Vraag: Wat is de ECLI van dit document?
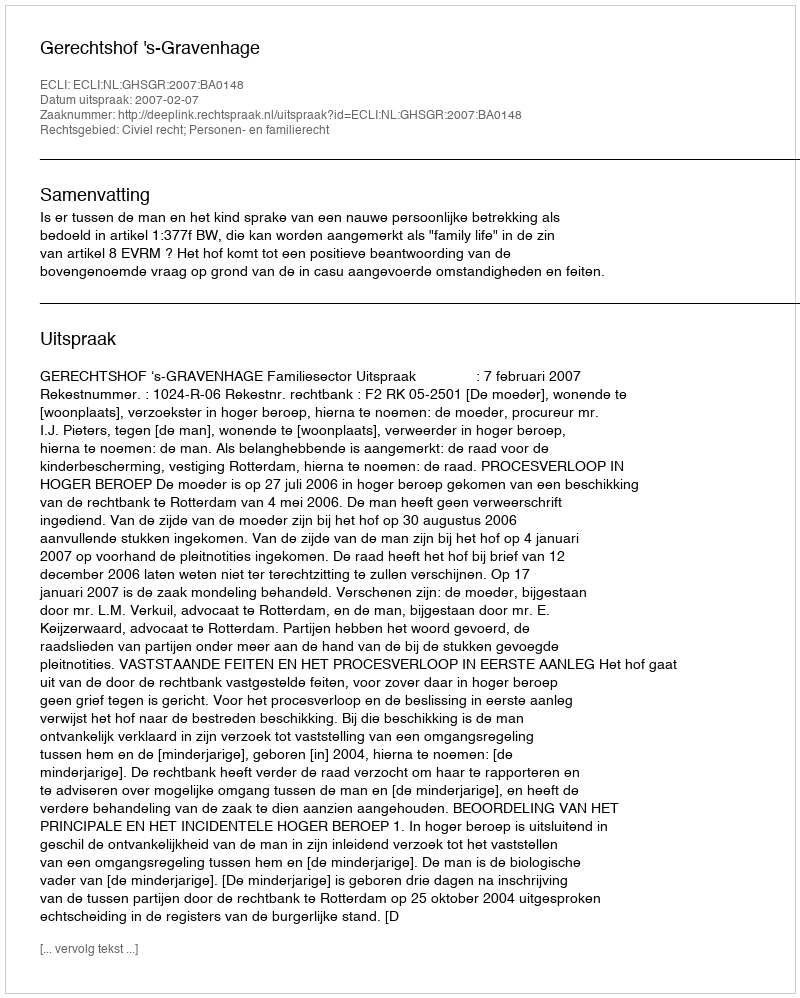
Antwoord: ECLI:NL:GHSGR:2007:BA0148